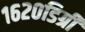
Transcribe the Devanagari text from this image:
१६२०डिग्री